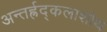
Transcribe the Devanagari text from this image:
अन्तर्ह्रद्कलाशोथ